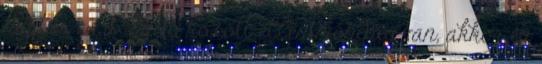
naptár és a Ladó között ellentmondás van, akkor én